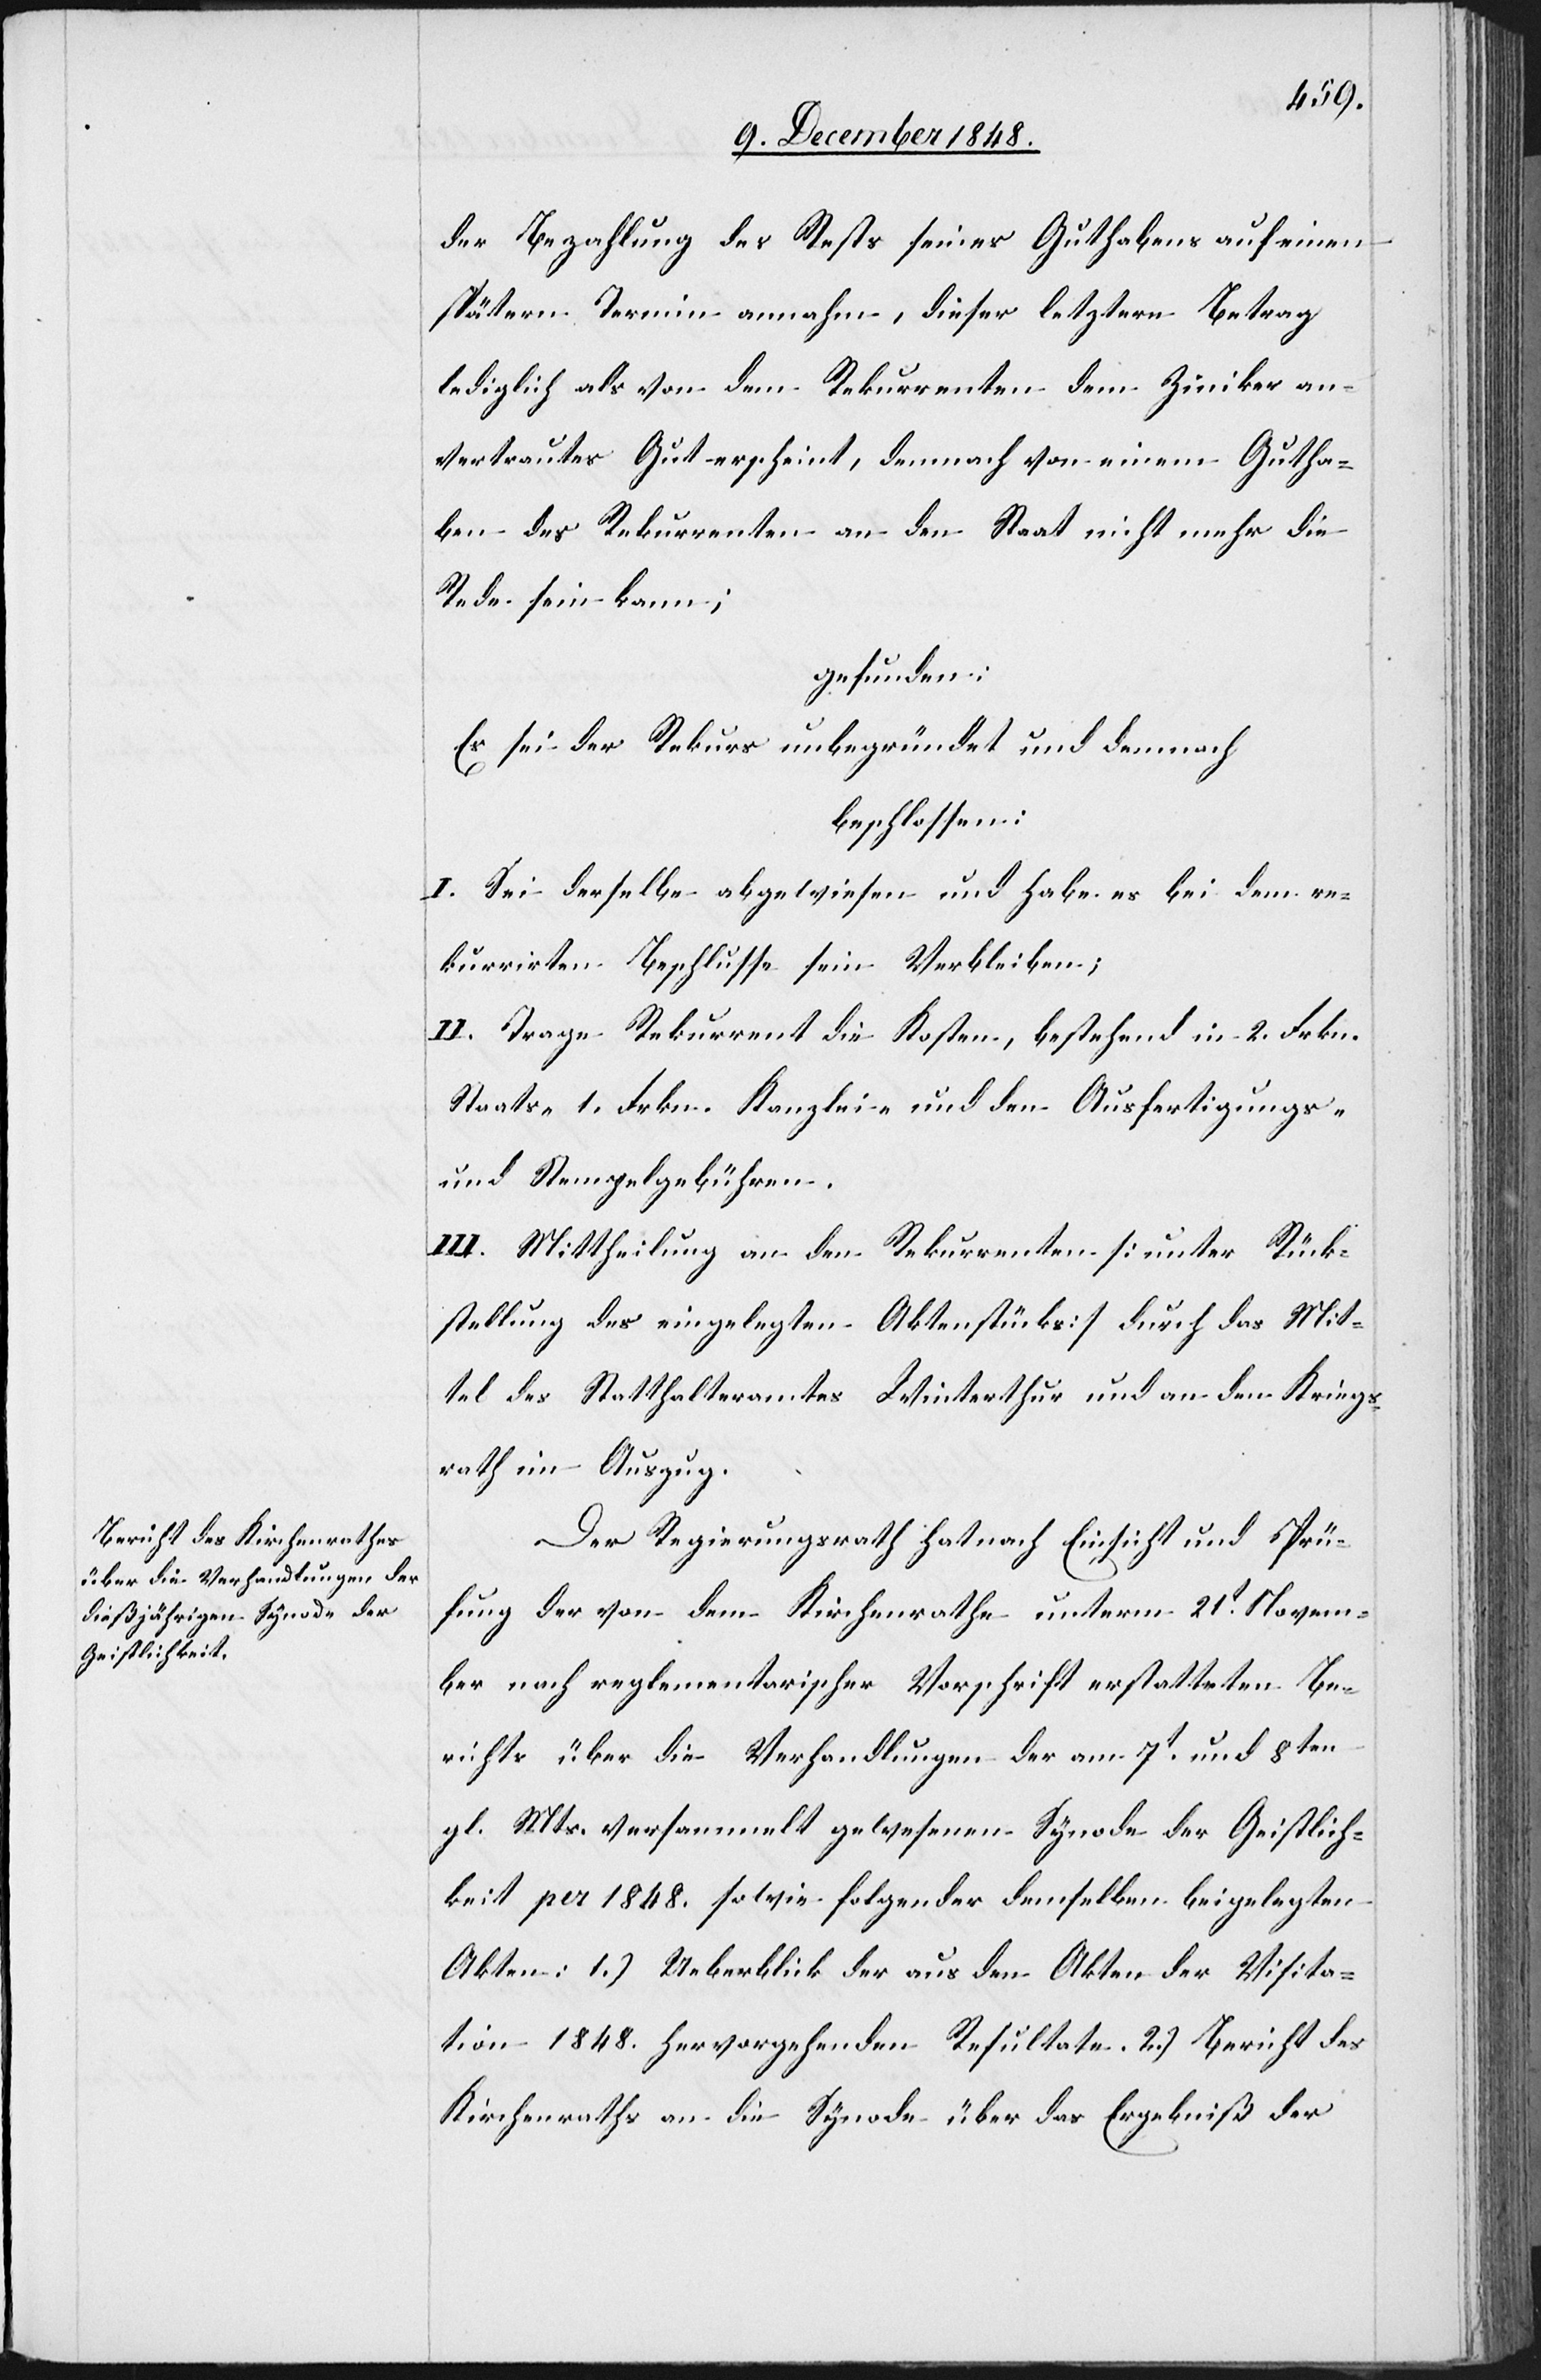
der Bezahlung des Rests seines Guthabens auf einen
spätern Termin annahm, dieser letztere Betrag
lediglich als von dem Rekurrenten dem Ziniker an¬
vertrautes Gut erscheint, demnach von einem Gutha¬
ben des Rekurrenten an den Staat nicht mehr die
Rede sein kann;
gefunden:
Es sei der Rekurs unbegründet und demnach
beschlossen:
I. Sei derselbe abgewiesen und habe es bei dem re¬
kurrirten Beschlusse sein Verbleiben;
II. Trage Rekurrent die Kosten, bestehend in 2. Frkn.
Staats-[,] 1. Frkn. Kanzlei- und den Ausfertigungs-
und Stempelgebühren.
III. Mittheilung an den Rekurrenten [unter Rück¬
stellung des eingelegten Aktenstücks] durch das Mit¬
tel des Statthalteramtes Winterthur und an den Kriegs¬
rath im Auszug.
Der Regierungsrath hat nach Einsicht und Prü¬
fung der von dem Kirchenrathe unterm 21t Novem¬
ber nach reglementarischer Vorschrift erstatteten Be¬
richte über die Verhandlungen der am 7t und 8ten
gl. Mts. versammelt gewesenen Synode der Geistlich¬
keit per 1848. sowie folgender demselben beigelegten
Akten: 1.) Ueberblick der aus den Akten der Visita¬
tion 1848. hervorgehenden Resultate. 2.) Bericht des
Kirchenraths an die Synode über das Ergebniß der